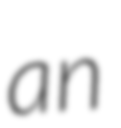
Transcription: an